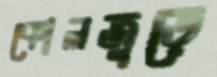
কোলজুড়ে